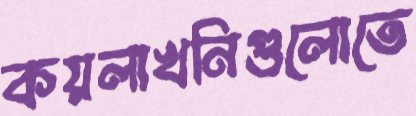
কয়লাখনিগুলোতে